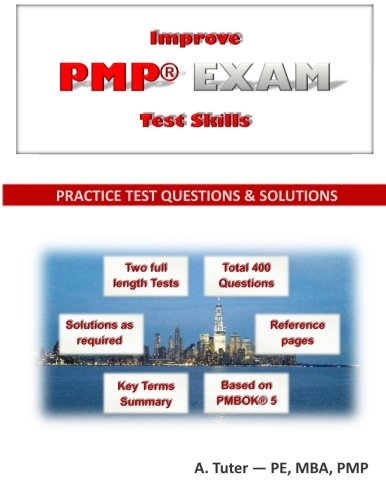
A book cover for Improve PMP Exam Test Skills - Practice Test Questions and Solutions; A. Tuter PE MBA PMP; Test Preparation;